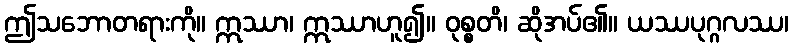
ဤသဘောတရားကို။ ဣဿာ၊ ဣဿာဟူ၍။ ဝုစ္စတိ၊ ဆိုအပ်၏။ ယဿပုဂ္ဂလဿ၊